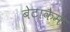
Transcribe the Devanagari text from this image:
बेटाकैम